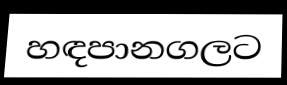
හඳපානගලට